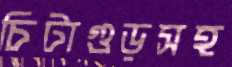
চিটাগুড়সহ